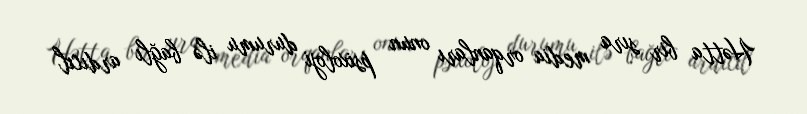
Hətta bir sıra media orqanları onun psixoloji durumu ilə bağlı ardıcıl